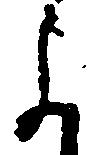
よ